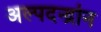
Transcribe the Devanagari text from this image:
अल्पदन्द्रोन